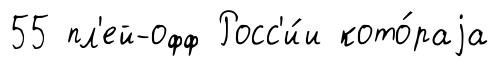
55 пл'ей-офф Росс'и́и кото́раjа